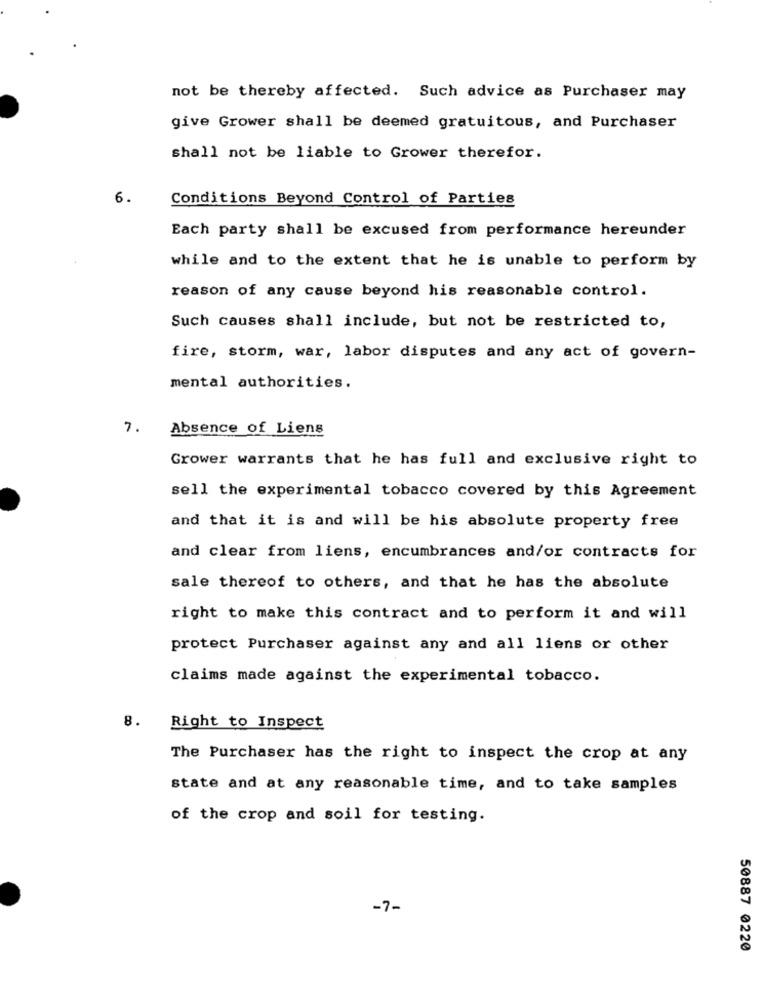
not be thereby affected. Such advice as Purchaser may
give Grower shall be deemed gratuitous, and Purchaser
shall not be liable to Grower therefor.
6.
Conditions Beyond Control of Parties
Each party shall be excused from performance hereunder
while and to the extent that he is unable to perform by
reason of any cause beyond his reasonable control.
Such causes shall include, but not be restricted to,
fire, storm, war, labor disputes and any act of govern-
mental authorities.
7.
Absence of Liens
Grower warrants that he has full and exclusive right to
sell the experimental tobacco covered by this Agreement
and that it is and will be his absolute property free
and clear from liens, encumbrances and/or contracts for
sale thereof to others, and that he has the absolute
right to make this contract and to perform it and will
protect Purchaser against any and all liens or other
claims made against the experimental tobacco.
8.
Right to Inspect
The Purchaser has the right to inspect the crop at any
state and at any reasonable time, and to take samples
of the crop and soil for testing.
-7-
50887 0220